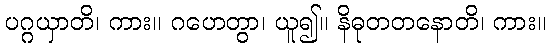
ပဂ္ဂယှာတိ၊ ကား။ ဂဟေတွာ၊ ယူ၍။ နိဓုတတနောတိ၊ ကား။